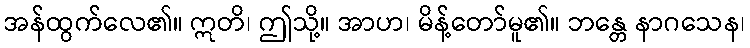
အန်ထွက်လေ၏။ ဣတိ၊ ဤသို့။ အာဟ၊ မိန့်တော်မူ၏။ ဘန္တေ နာဂသေန၊